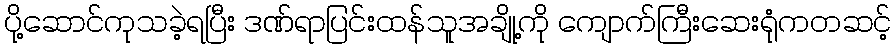
ပို့ဆောင်ကုသခဲ့ရပြီး ဒဏ်ရာပြင်းထန်သူအချို့ကို ကျောက်ကြီးဆေးရုံကတဆင့်